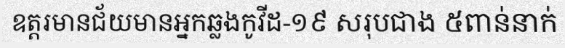
ឧត្តរមានជ័យមានអ្នកឆ្លងកូវីដ-១៩ សរុបជាង ៥ពាន់នាក់